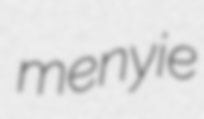
menyie